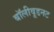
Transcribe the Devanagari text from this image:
बॉलीवूडनट